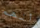
أنهم